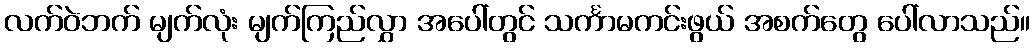
လက်ဝဲဘက် မျက်လုံး မျက်ကြည်လွှာ အပေါ်တွင် သင်္ကာမကင်းဖွယ် အစက်တွေ ပေါ်လာသည်။